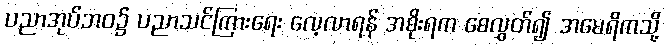
ပညာအုပ်ဘဝ၌ ပညာသင်ကြားရေး လေ့လာရန် အစိုးရက စေလွှတ်၍ အမေရိကသို့